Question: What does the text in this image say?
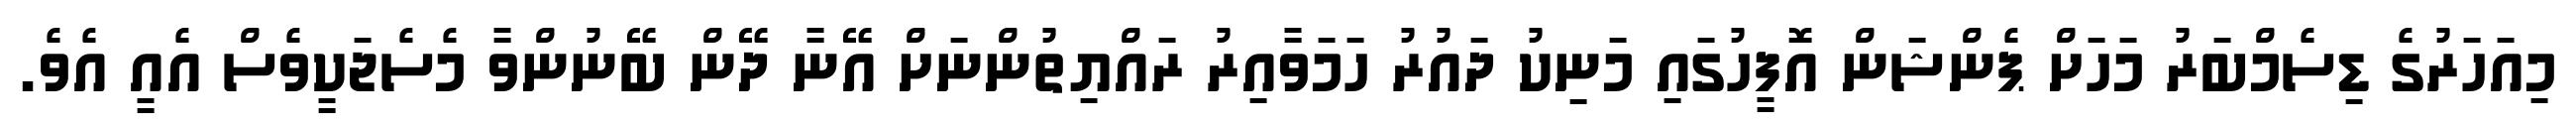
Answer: މިއަހަރުގެ ޑިސެމްބަރު މަހަށް ޕެންޝަން އޮފީހުގައި މަނިކު ދައުރު ހަމަވާއިރު ރައްޔިތުންނަށް އޭނާ ދޭން ބޭނުންވާ މެސެޖަކީވެސް އެއީ އެވެ.